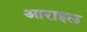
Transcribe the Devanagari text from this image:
आराइल